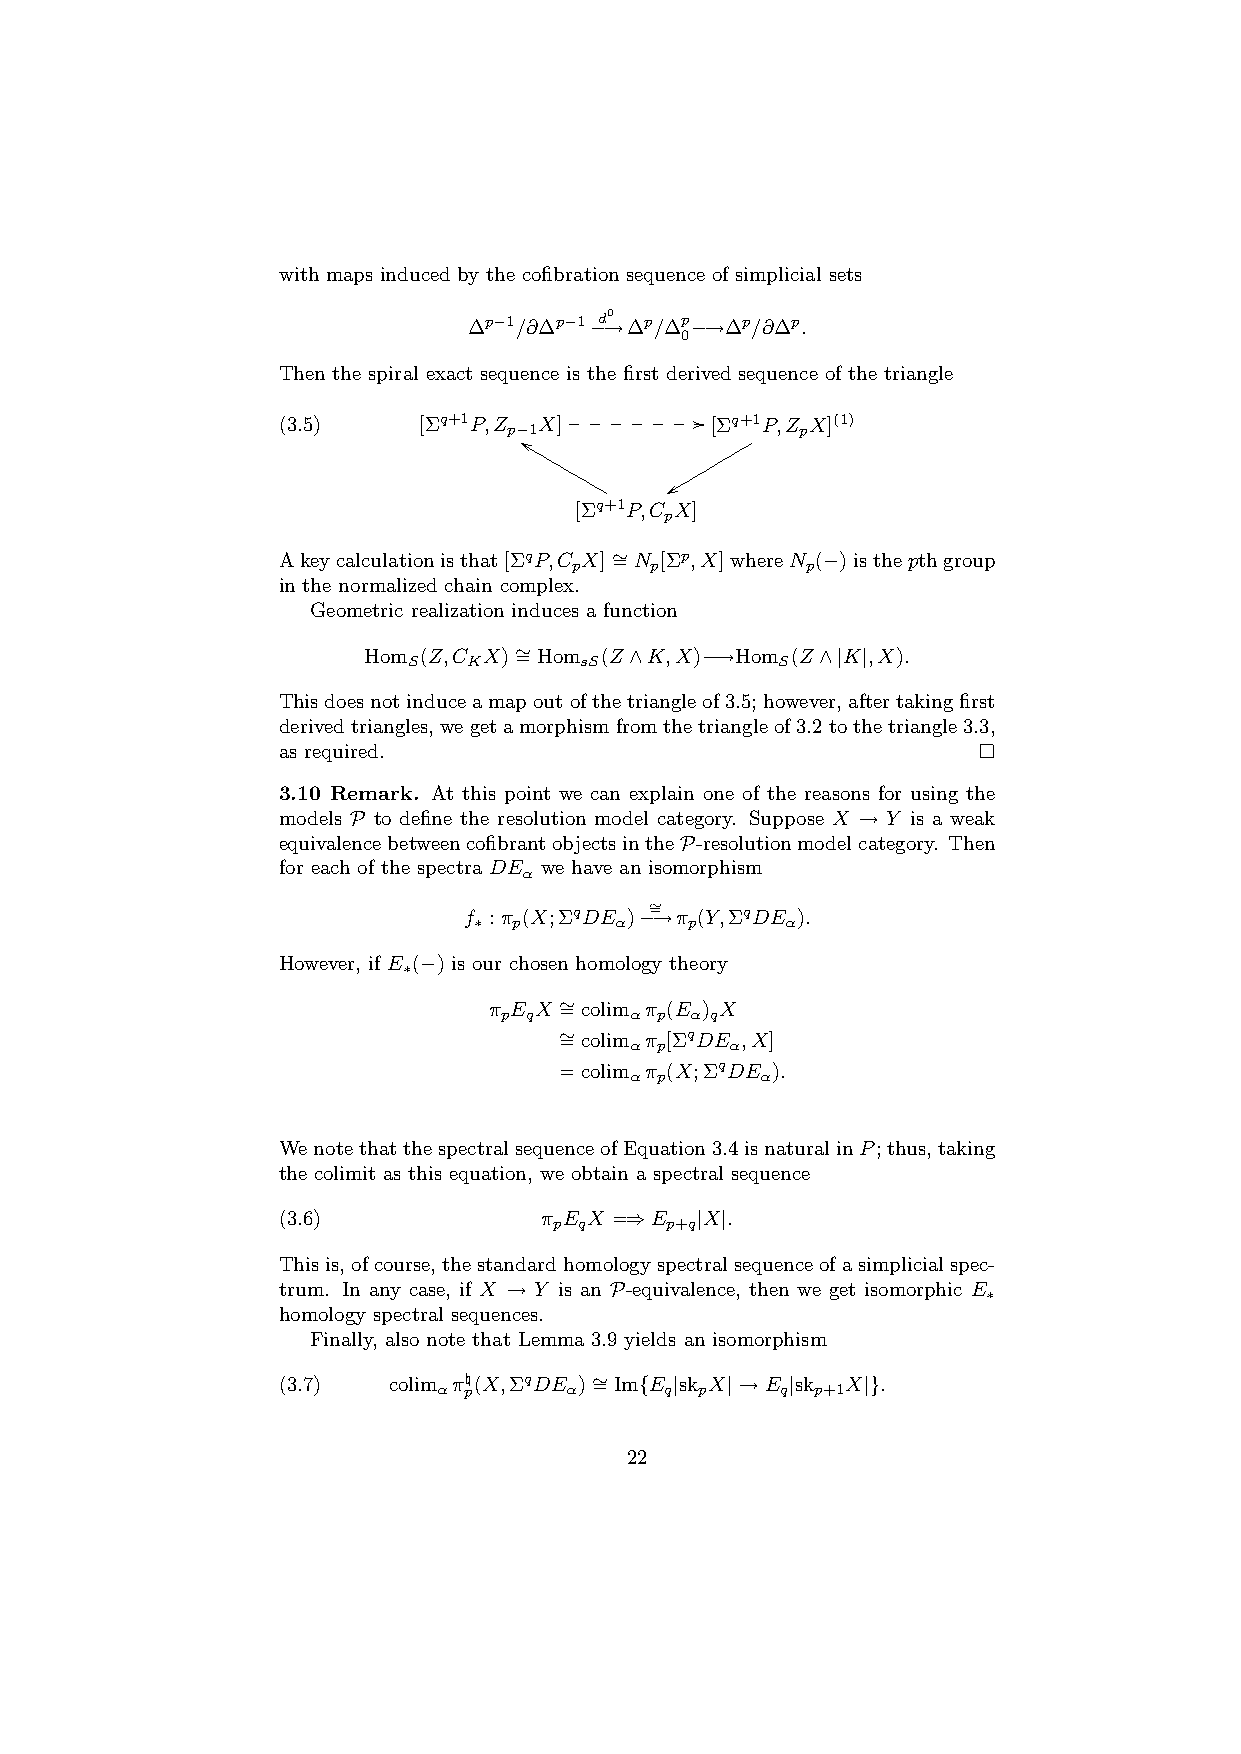
with maps induced by the cofibration sequence of simplicial sets
 ∆p−1/∂∆p−1−d →0 ∆p/∆p−→∆p/∂∆p.
 0
 Then the spiral exact sequence is the first derived sequence of the triangle
 _ _ _ _ _ _ _//
 (3.5)     [Σq+1P,Z X]        [Σq+1P,Z X](1)
 p−ffL1LLLLLLLLL xxrrrrrrrrrr p
 [Σq+1P,C X]
 p
 Akeycalculationisthat[ΣqP,C X]∼ =N [Σp,X]whereN (−)isthepthgroup
 p    p         p
 in the normalized chain complex.
 Geometric realization induces a function
 Hom (Z,C X)∼ =Hom (Z∧K,X)−→Hom (Z∧|K|,X).
 S   K      sS           S
 Thisdoesnotinduceamapoutofthetriangleof3.5; however,aftertakingfirst
 derivedtriangles,wegetamorphismfromthetriangleof3.2tothetriangle3.3,
 as required.
 3.10 Remark. At this point we can explain one of the reasons for using the
 models P to define the resolution model category. Suppose X → Y is a weak
 equivalencebetweencofibrantobjectsintheP-resolutionmodelcategory. Then
 for each of the spectra DE we have an isomorphism
 α
 f :π (X;ΣqDE
 )−∼=→π
 (Y,ΣqDE ).
 ∗  p      α   p      α
 However, if E (−) is our chosen homology theory
 ∗
 π E X ∼ =colim π (E ) X
 p q      α p α q
 ∼ =colim π [ΣqDE ,X]
 α p   α
 =colim π (X;ΣqDE ).
 α p     α
 WenotethatthespectralsequenceofEquation3.4isnaturalinP; thus,taking
 the colimit as this equation, we obtain a spectral sequence
 (3.6)             π E X =⇒E |X|.
 p q    p+q
 Thisis,ofcourse,thestandardhomologyspectralsequenceofasimplicialspec-
 trum. In any case, if X → Y is an P-equivalence, then we get isomorphic E
 ∗
 homology spectral sequences.
 Finally, also note that Lemma 3.9 yields an isomorphism
 (3.7)   colim π\(X,ΣqDE )∼ =Im{E |sk X|→E |sk X|}.
 α p     α      q p     q p+1
 22